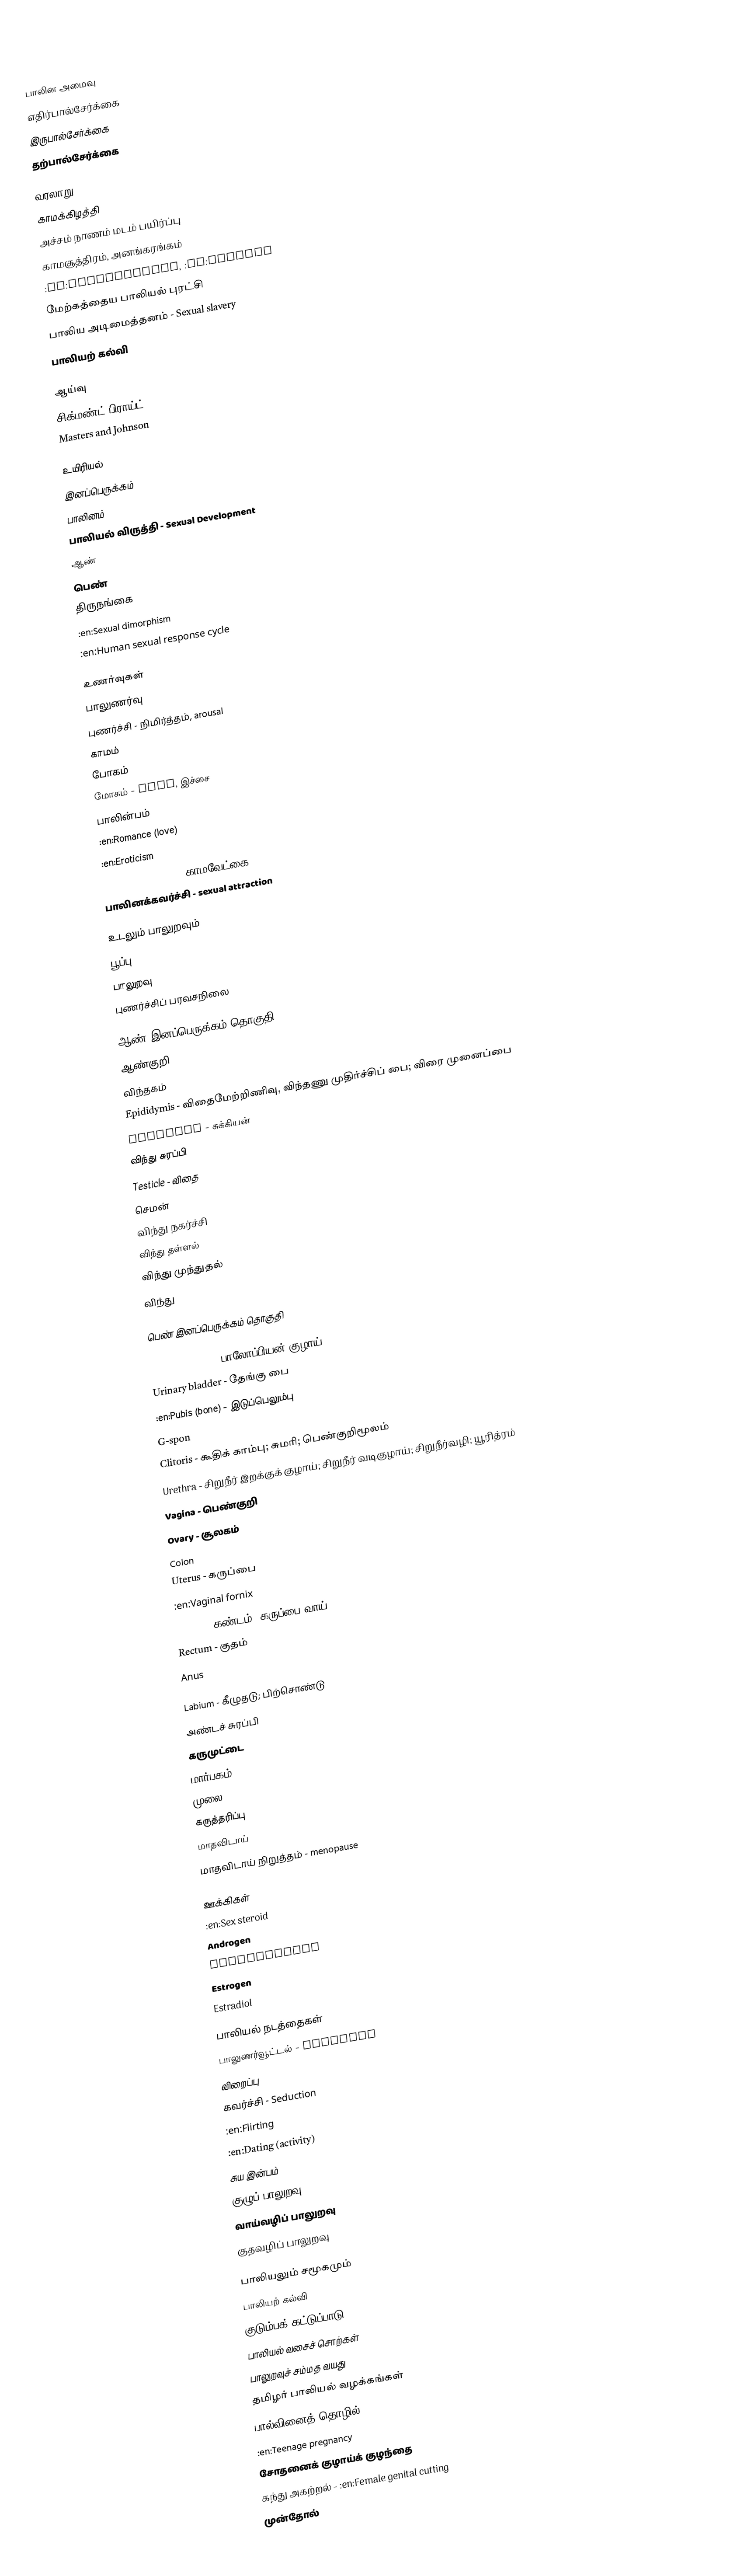

பாலின அமைவு
 எதிர்பால்சேர்க்கை
 இருபால்சேர்க்கை
 தற்பால்சேர்க்கை

வரலாறு
 காமக்கிழத்தி
 அச்சம் நாணம் மடம் பயிர்ப்பு
 காமசூத்திரம், அனங்கரங்கம்
 :en:Victorianism, :en:Puritan
 மேற்கத்தைய பாலியல் புரட்சி
 பாலிய அடிமைத்தனம் - Sexual slavery
 பாலியற் கல்வி

ஆய்வு
 சிக்மண்ட் பிராய்ட்
 Masters and Johnson

உயிரியல்
 இனப்பெருக்கம்
 பாலினம்
 பாலியல் விருத்தி - Sexual Development
 ஆண்
 பெண்
 திருநங்கை
 :en:Sexual dimorphism
 :en:Human sexual response cycle

உணர்வுகள்
 பாலுணர்வு
 புணர்ச்சி - நிமிர்த்தம், arousal
 காமம்
 போகம்
 மோகம் - lust, இச்சை
 பாலின்பம்
 :en:Romance (love)
 :en:Eroticism
 :en:Sexual Desire - காமவேட்கை
 பாலினக்கவர்ச்சி - sexual attraction

உடலும் பாலுறவும்
 பூப்பு
 பாலுறவு
 புணர்ச்சிப் பரவசநிலை

ஆண் இனப்பெருக்கம் தொகுதி
 ஆண்குறி
 விந்தகம்
 Epididymis - விதைமேற்றிணிவு, விந்தணு முதிர்ச்சிப் பை; விரை முனைப்பை
 Prostate - சுக்கியன்
 விந்து சுரப்பி
 Testicle -  விதை
 செமன்
 விந்து நகர்ச்சி
 விந்து தள்ளல்
 விந்து முந்துதல்
 விந்து

பெண் இனப்பெருக்கம் தொகுதி

 Fallopian tube - பாலோப்பியன் குழாய் -
 Urinary bladder - தேங்கு பை
 :en:Pubis (bone) - இடுப்பெலும்பு
 G-spon
 Clitoris  - கூதிக் காம்பு; சுமரி; பெண்குறிமூலம்
 Urethra - சிறுநீர் இறக்குக் குழாய்; சிறுநீர் வடிகுழாய்; சிறுநீர்வழி; யூரித்ரம்
 Vagina - பெண்குறி
 Ovary - சூலகம்
 Colon
 Uterus - கருப்பை
 :en:Vaginal fornix
 Cervix - கண்டம்; கருப்பை வாய்;
 Rectum - குதம்
 Anus

 Labium - கீழுதடு; பிற்சொண்டு
 அண்டச் சுரப்பி
 கருமுட்டை
 மார்பகம்
 முலை
 கருத்தரிப்பு
 மாதவிடாய்
 மாதவிடாய் நிறுத்தம் - menopause

ஊக்கிகள்
 :en:Sex steroid
 Androgen
 Testosterone
 Estrogen
 Estradiol

பாலியல் நடத்தைகள்
 பாலுணர்வூட்டல் - Foreplay
 விறைப்பு
 கவர்ச்சி - Seduction
 :en:Flirting
 :en:Dating (activity)
 சுய இன்பம்
 குழுப் பாலுறவு
 வாய்வழிப் பாலுறவு
 குதவழிப் பாலுறவு

பாலியலும் சமூகமும்
 பாலியற் கல்வி
 குடும்பக் கட்டுப்பாடு
 பாலியல் வசைச் சொற்கள்
 பாலுறவுச் சம்மத வயது
 தமிழர் பாலியல் வழக்கங்கள்
 பால்வினைத் தொழில்
 :en:Teenage pregnancy
 சோதனைக் குழாய்க் குழந்தை
 கந்து அகற்றல் - :en:Female genital cutting
 முன்தோல்